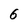
Character: 6